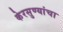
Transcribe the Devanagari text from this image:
केरसुण्यांचा